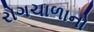
રોગચાળાનો